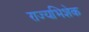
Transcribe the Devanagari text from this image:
राज्यभिशेक